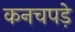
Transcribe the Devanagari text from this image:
कनचपड़े